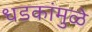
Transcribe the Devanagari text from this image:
धडकांमुळे